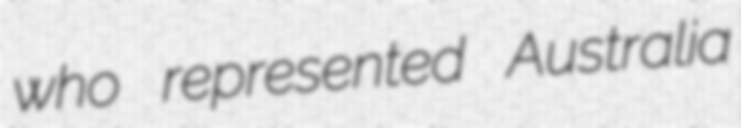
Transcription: who represented Australia